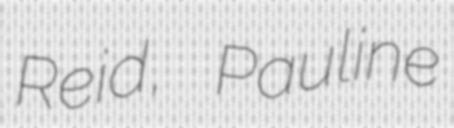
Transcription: Reid, Pauline